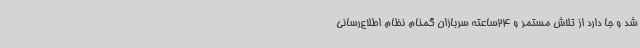
شد و جا دارد از تلاش مستمر و 24‌ساعته سربازان گمنام نظام اطلاع‌رسانی